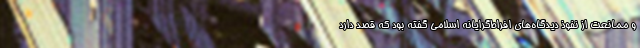
و ممانعت از نفوذ دیدگاه‌های افراط‌گرایانه اسلامی گفته بود که قصد دارد